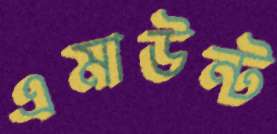
এমাউন্ট